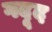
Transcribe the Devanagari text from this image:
गदूद